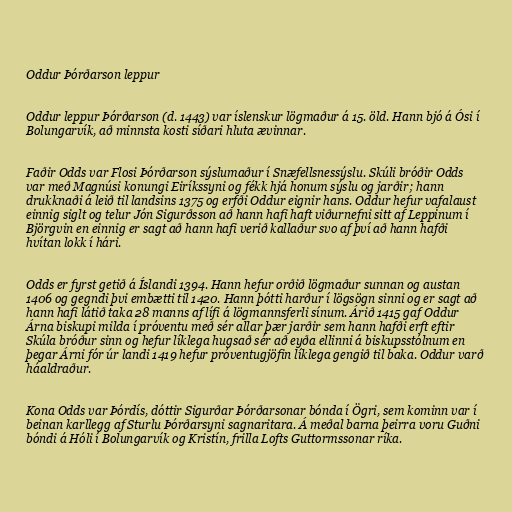
Oddur Þórðarson leppur

Oddur leppur Þórðarson (d. 1443) var íslenskur lögmaður á 15. öld. Hann bjó á Ósi í
Bolungarvík, að minnsta kosti síðari hluta ævinnar.

Faðir Odds var Flosi Þórðarson sýslumaður í Snæfellsnessýslu. Skúli bróðir Odds
var með Magnúsi konungi Eiríkssyni og fékk hjá honum sýslu og jarðir; hann
drukknaði á leið til landsins 1375 og erfði Oddur eignir hans. Oddur hefur vafalaust
einnig siglt og telur Jón Sigurðsson að hann hafi haft viðurnefni sitt af Leppinum í
Björgvin en einnig er sagt að hann hafi verið kallaður svo af því að hann hafði
hvítan lokk í hári.

Odds er fyrst getið á Íslandi 1394. Hann hefur orðið lögmaður sunnan og austan
1406 og gegndi þvi embætti til 1420. Hann þótti harður í lögsögn sinni og er sagt að
hann hafi látið taka 28 manns af lífi á lögmannsferli sínum. Árið 1415 gaf Oddur
Árna biskupi milda í próventu með sér allar þær jarðir sem hann hafði erft eftir
Skúla bróður sinn og hefur líklega hugsað sér að eyða ellinni á biskupsstólnum en
þegar Árni fór úr landi 1419 hefur próventugjöfin líklega gengið til baka. Oddur varð
háaldraður.

Kona Odds var Þórdís, dóttir Sigurðar Þórðarsonar bónda í Ögri, sem kominn var í
beinan karllegg af Sturlu Þórðarsyni sagnaritara. Á meðal barna þeirra voru Guðni
bóndi á Hóli í Bolungarvík og Kristín, frilla Lofts Guttormssonar ríka.